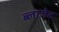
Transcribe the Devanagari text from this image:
ब्लाजेट